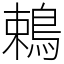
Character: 鵣